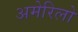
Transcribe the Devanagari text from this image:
अमेरिलो